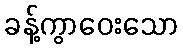
ခန့်ကွာဝေးသော